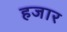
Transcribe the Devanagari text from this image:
हजार